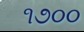
૧૭૦૦